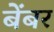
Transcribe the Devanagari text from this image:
बेंबर